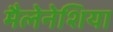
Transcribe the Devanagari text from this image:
मैलेनेशिया